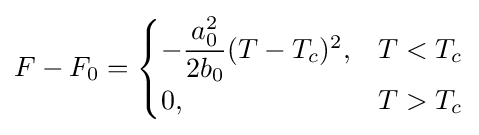
F-F_{0}={\begin{cases}-{\dfrac {a_{0}^{2}}{2b_{0}}}(T-T_{c})^{2},&T<T_{c}\\0,&T>T_{c}\end{cases}}